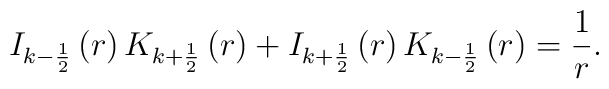
I_{k-\frac 12}\left( r\right) K_{k+\frac 12}\left( r\right) +I_{k+\frac 12}\left( r\right) K_{k-\frac 12}\left( r\right) =\frac 1r.